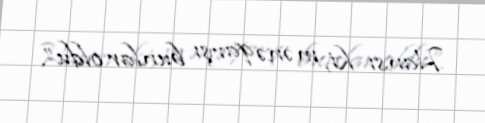
Hansı ki, mənə qarşı bunlar oldu”.